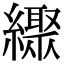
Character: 𦆜